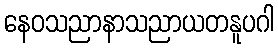
နေဝသညာနာသညာယတနူပဂါ